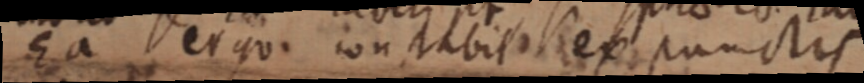
Ea ergo. on tabit ex punctis